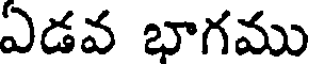
ఏడవ భాగము